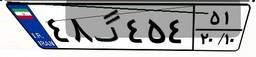
۳۵گ۸۰۰۱۵